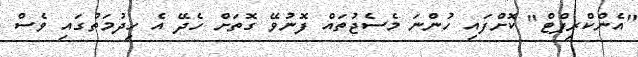
"އެންކްރިޕްޓް" ކޮށްފައި ހުންނަ މެސެޖުތައް ފޮނުވޭ ގޮތަށް ހެދޭ އެ ހިދުމަތުގައި ވެސް